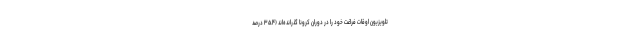
تلویزیون اوقات فراغت خود را در دوران کرونا گذرانده‌­اند (۳۵.۴ درصد